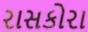
રાસકોરા